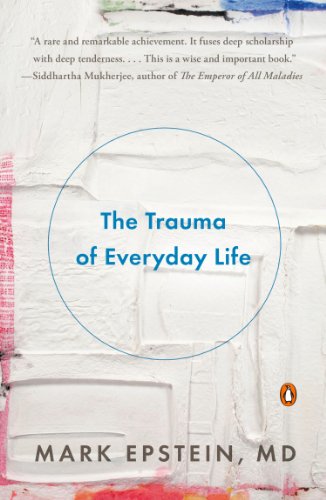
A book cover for The Trauma of Everyday Life; Mark Epstein; Medical Books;